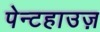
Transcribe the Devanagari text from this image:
पेन्टहाउज़